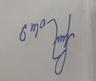
Signature authenticity: forged